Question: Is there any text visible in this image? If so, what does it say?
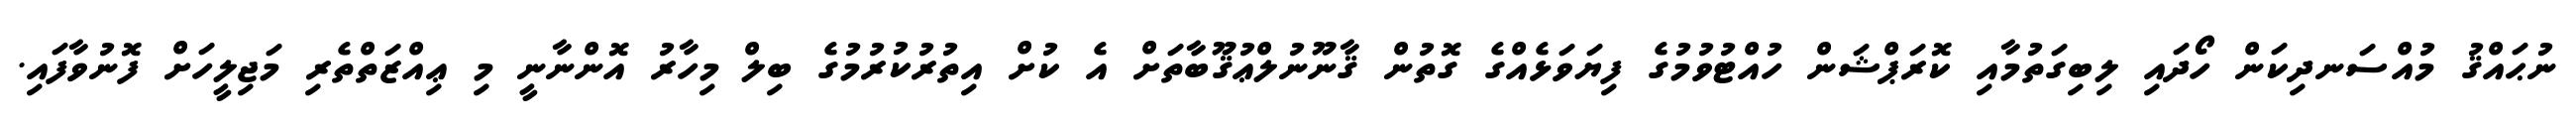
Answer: ނުޙައްޤު މުއްސަނދިކަން ހޯދައި ލިބިގަތުމާއި ކޮރަޕްޝަން ހުއްޓުވުމުގެ ފިޔަވަޅެއްގެ ގޮތުން ޤާނޫނުލްޢުޤޫބާތަށް އެ ކުށް އިތުރުކުރުމުގެ ބިލް މިހާރު އޮންނާނީ މި ޢިއްޒަތްތެރި މަޖިލީހަށް ފޮނުވާފައި.